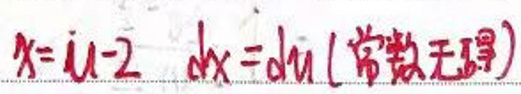
$x = u - 2 \quad dx = du$(常数无关)